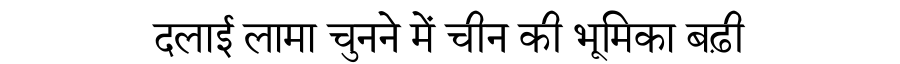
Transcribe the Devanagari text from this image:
दलाई लामा चुनने में चीन की भूमिका बढ़ी